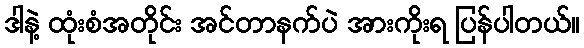
ဒါနဲ့ ထုံးစံအတိုင်း အင်တာနက်ပဲ အားကိုးရ ပြန်ပါတယ်။